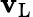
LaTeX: {\mathbf v}_{\mathrm{L}}